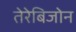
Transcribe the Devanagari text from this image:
तेरेबिजोन